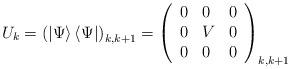
LaTeX: \begin{align*}U_{k}=\left( \left| \Psi \right\rangle \left\langle \Psi \right| \right)_{k,k+1}=\left( \begin{array}{lll}0 & 0 & 0 \\ 0 & V & 0 \\ 0 & 0 & 0\end{array}\right) _{k,k+1} \end{align*}